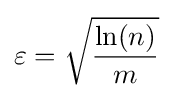
{\begin{aligned}\varepsilon ={\sqrt {\frac {\ln(n)}{m}}}\end{aligned}}